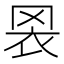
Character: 𦊬